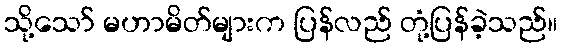
သို့သော် မဟာမိတ်များက ပြန်လည် တုံ့ပြန်ခဲ့သည်။